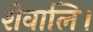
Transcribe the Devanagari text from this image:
शेवालि।